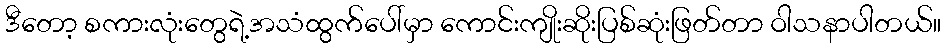
ဒီတော့ စကားလုံးတွေရဲ့အသံထွက်ပေါ်မှာ ကောင်းကျိုးဆိုးပြစ်ဆုံးဖြတ်တာ ဝါသနာပါတယ်။